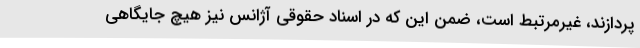
پردازند، غیرمرتبط است، ضمن این که در اسناد حقوقی آژانس نیز هیچ جایگاهی